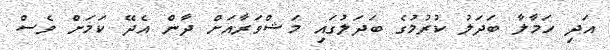
އަދި ހަމާލާ ބަދަލު ކުރުމުގެ ބަދަލުގައި މަޝްވަރާއަށް ދާން އެދޭ ކަމަށް ވެސް